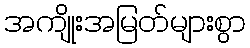
အကျိုးအမြတ်များစွာ